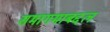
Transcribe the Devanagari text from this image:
समागमाबद्दल